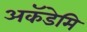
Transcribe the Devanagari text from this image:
अकॅडेमि